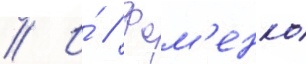
// И́ // Фом'енко